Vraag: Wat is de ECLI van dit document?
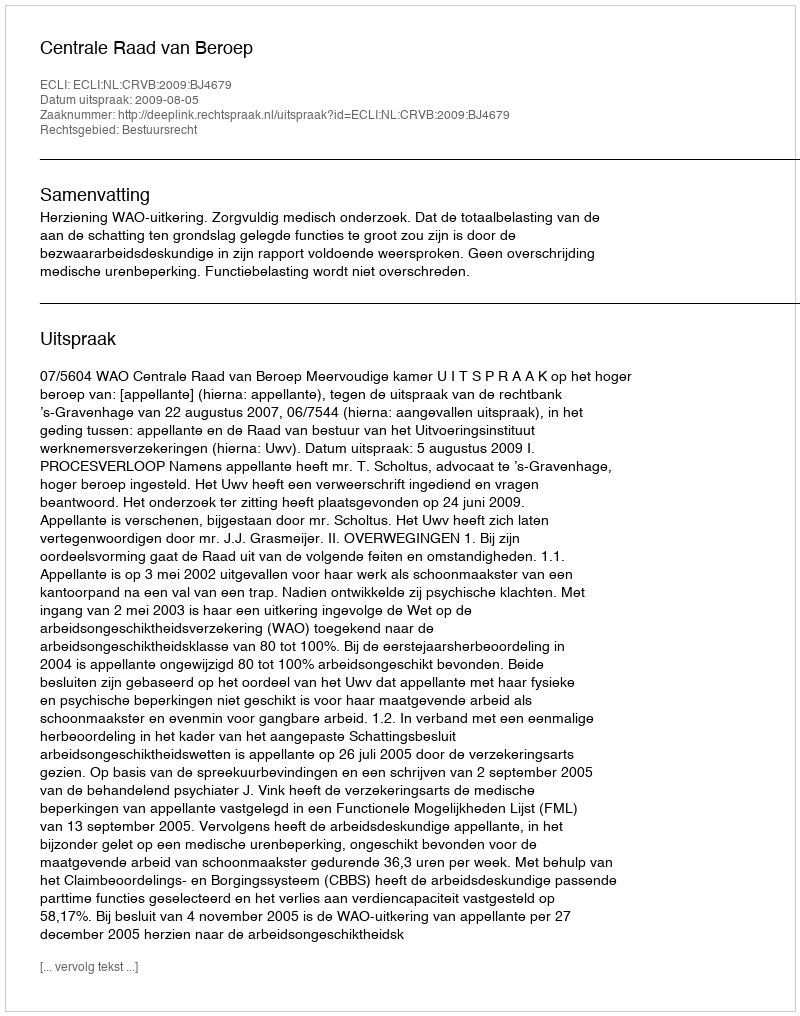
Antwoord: ECLI:NL:CRVB:2009:BJ4679